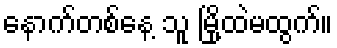
နောက်တစ်နေ့ သူ မြို့ထဲမထွက်။